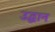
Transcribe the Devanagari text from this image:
उद्धान